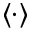
\langle \cdot \rangle